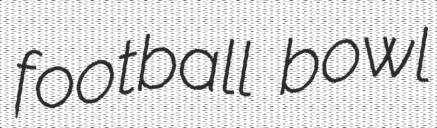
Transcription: football bowl